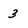
Character: 3